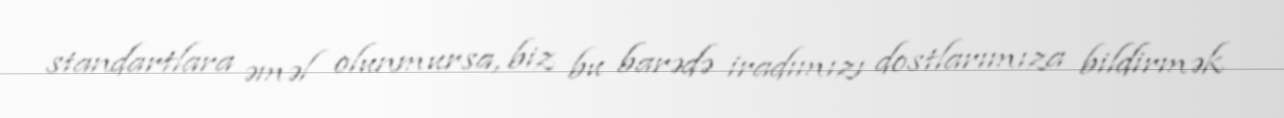
standartlara əməl olunmursa, biz bu barədə iradımızı dostlarımıza bildirmək